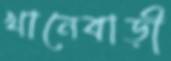
খানেবাড়ী